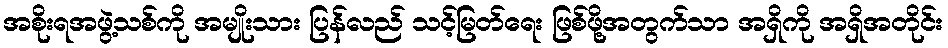
အစိုးရအဖွဲ့သစ်ကို အမျိုးသား ပြန်လည် သင့်မြတ်ရေး ဖြစ်ဖို့အတွက်သာ အရှိကို အရှိအတိုင်း